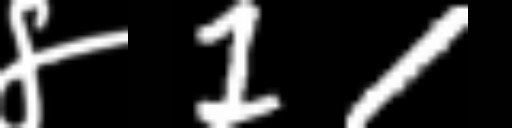
Text: ४11